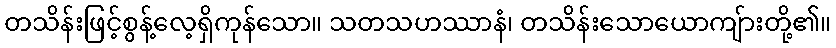
တသိန်းဖြင့်စွန့်လေ့ရှိကုန်သော။ သတသဟဿာနံ၊ တသိန်းသောယောကျ်ားတို့၏။